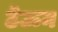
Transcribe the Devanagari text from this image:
ठॆऊन